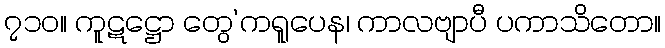
၇၁၀။ ကူဋဋ္ဌော တွေ’ကရူပေန၊ ကာလဗျာပီ ပကာသိတော။